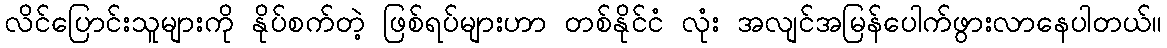
လိင်ပြောင်းသူများကို နိုပ်စက်တဲ့ ဖြစ်ရပ်များဟာ တစ်နိုင်ငံ လုံး အလျင်အမြန်ပေါက်ဖွားလာနေပါတယ်။